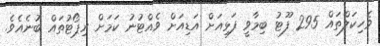
ވެހިކަލްތައް 295 ފޫޓު ބިމާވީ ފަޅިއަށް އަޑިއަށް ވެއްޓުނު ކަމަށް ރިޕޯޓުތައް ބުނެއެވެ.